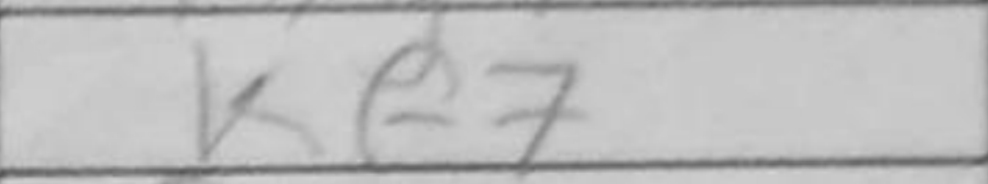
Transcription: Kf7